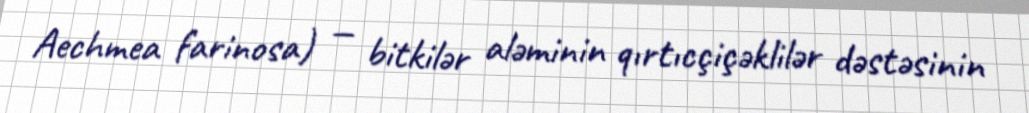
Aechmea farinosa) — bitkilər aləminin qırtıcçiçəklilər dəstəsinin